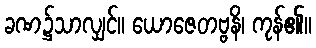
ခဏ၌သာလျှင်။ ယောဇေတဗ္ဗနိ၊ ကုန်၏။